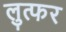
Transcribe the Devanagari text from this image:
लुत्फर